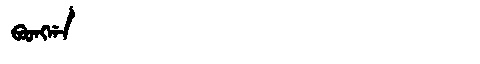
Manchu: ᠪᠣᠣᠩᡤᠠ
Romanization: BOONGGA